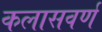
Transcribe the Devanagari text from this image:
कलासवर्ण